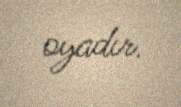
oyadır.